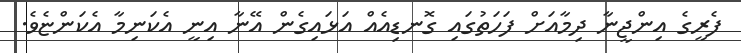
ފެރީގެ އިންޖީނާ ދިމާއަށް ފަހަތުގައި ގޮނޑިއެއް އަޅައިގެން އޭނާ އިނީ އެކަނިމާ އެކަންޏެވެ.